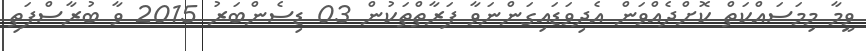
ވީމާ މިމަސައްކަތް ކޮށްދެއްވަން އެދިވަޑައިގަންނަވާ ފަރާތްތަކުން 03 ޑިސެންބަރު 2015 ވާ ބުރާސްފަތި